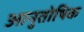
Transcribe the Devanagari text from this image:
आनुतोषिक